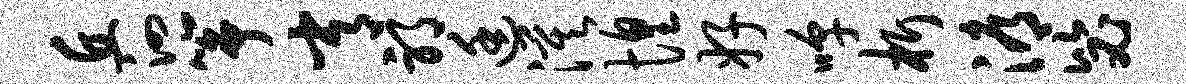
丘泗筝常邪廷漠惶好嗥析溽毖